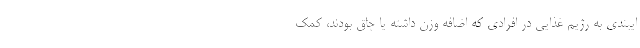
ایبندی به رژیم غذایی در افرادی که اضافه وزن داشته یا چاق بودند، کمک